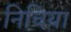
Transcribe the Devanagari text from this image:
निचिया